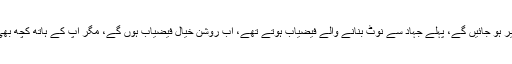
لہذا اس کام کا کوئی فائدہ نہیں، سوائے اس کے کہ آپ کے فرینچائزی امیر ہو جائیں گے، پہلے جہاد سے نوٹ بنانے والے فیضیاب ہوتے تھے، اب روشن خیال فیضیاب ہوں گے، مگر آپ کے ہاتھ کچھ بھی نہیں آئے گا الٹا آپ کا مال ضائع ہوگا اور ہماری کچھ نسل خراب ہوگی۔